Document type: Sale
Year: 1354
Scribe: Bernat de Torre
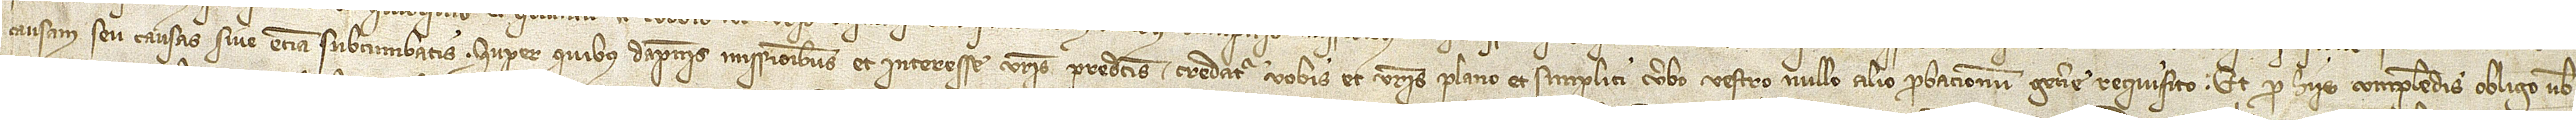
causam seu causas sive etiam subcumbatis. Super quibus dampnis, missionibus et interesse vestris predictis credatur vobis et vestris plano et simplici verbo, vestro nullo alio probacionum genere requisito. Et pro hiis complendis obligo vobis